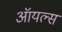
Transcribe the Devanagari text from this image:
ऑयल्स